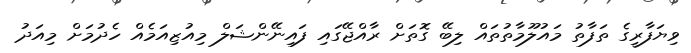
ވިޔަފާރީގެ ތަފާތު މައުލޫމާތުތައް ލިބޭ ގޮތަށް ރާއްޖޭގައި ފައިނޭންޝަލް މިއުޒިއަމެއް ހެދުމަށް މިއަދު